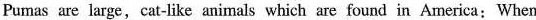
Pumas are large, cat-like animals which are found in America:When